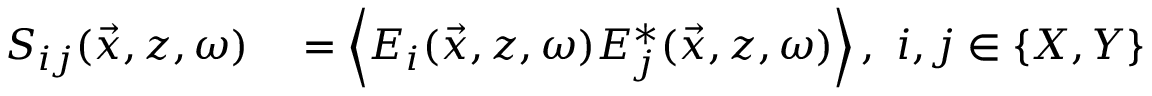
\begin{array} { r l } { S _ { i j } ( \vec { x } , z , \omega ) } & { { } = \left\langle E _ { i } ( \vec { x } , z , \omega ) E _ { j } ^ { * } ( \vec { x } , z , \omega ) \right\rangle , ~ i , j \in \{ X , Y \} } \end{array}